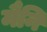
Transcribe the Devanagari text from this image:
मैनि